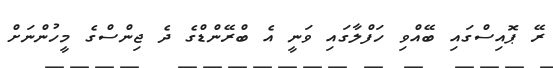
ރޭ ޕޮއިސްގައި ބޭއްވި ހަފްލާގައި ވަނީ އެ ބްރޭންޑްގެ ދެ ޖިންސްގެ މީހުންނަށް